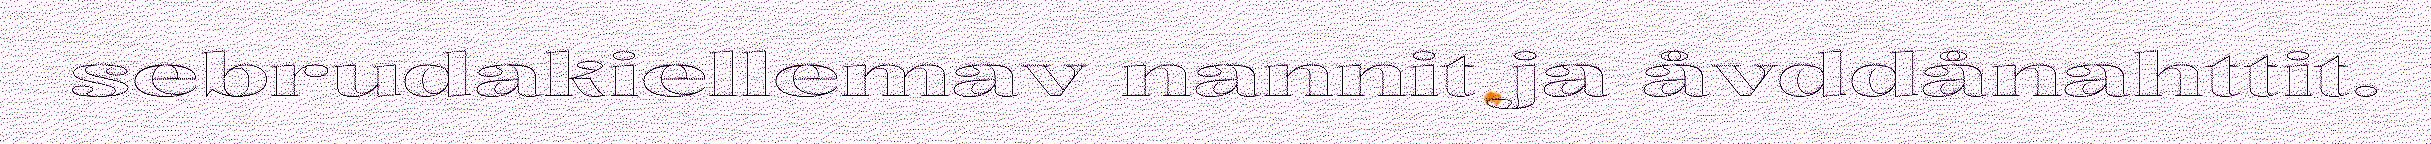
sebrudakiellemav nannit ja åvddånahttit.